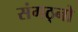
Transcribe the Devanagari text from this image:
संगठ्नो